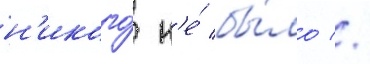
н'икого́ н'е́ бы́ло //